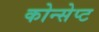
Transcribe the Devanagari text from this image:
कोन्सेप्ट